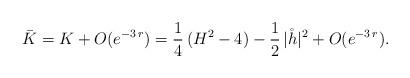
LaTeX: \begin{align*}\bar K = K + O (e^{- 3 \, r}) = \frac{1}{4} \, (H^2 - 4) - \frac{1}{2} \, |\mathring {h}|^2 + O (e^{- 3\, r}).\end{align*}